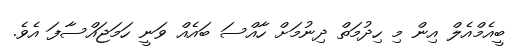
ބީއެމްއެލް އިން މި ހިދުމަތް ދިނުމަށް ހާއްސަ ބައެއް ވަނީ ހަމަޖައްސާފަ އެވެ.